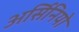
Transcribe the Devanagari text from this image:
अर्सिनियो